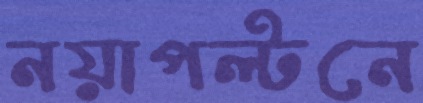
নয়াপল্টনে